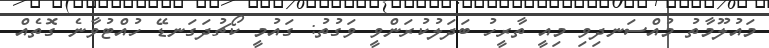
މައުލޫމާތު މުއްސަނދިވި މިއީ ތާރީހު ބަދަލުކުރަންވީ ވަގުތު: ގައުމީ ކޯޗުދަގަނޑޭ ހުއްޓުވާނެ ގޮތެއް